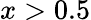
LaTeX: x>0.5